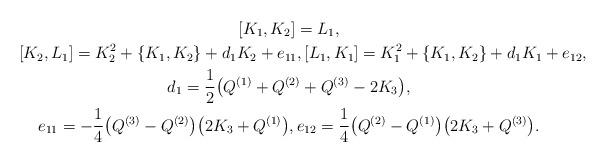
LaTeX: \begin{gather*} [ K_1, K_2 ] = L_1,\\ [K_2, L_1 ] = K_2^2+\{K_1, K_2\} +d_1 K_2 +e_{11}, [L_1, K_1 ] = K_1^2+\{K_1, K_2\} +d_1 K_1 +e_{12},\\ d_1=\frac12\big(Q^{(1)}+Q^{(2)}+Q^{(3)}-2K_3\big), \\e_{11}=-\frac{1}4\big(Q^{(3)}-Q^{(2)}\big)\big(2K_3+Q^{(1)}\big), e_{12}=\frac{1}4\big(Q^{(2)}-Q^{(1)}\big)\big(2K_3+Q^{(3)}\big) .\end{gather*}